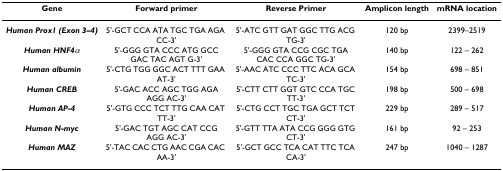
| Gene | Forward primer | Reverse Primer | Amplicon length | mRNA location |
 | --- | --- | --- | --- | --- |
 | Human Prox1 (Exon 3–4) | 5'-GCT CCA ATA TGC TGA AGA CC-3' | 5'-ATC GTT GAT GGC TTG ACG TG-3' | 120 bp | 2399–2519 |
 | Human HNF4α | 5'-GGG GTA CCC ATG GCC GAC TAC AGT G-3' | 5'-GGG GTA CCG CGC TGA CAC CCA GGC TG-3' | 140 bp | 122 – 262 |
 | Human albumin | 5'-CTG TGG GGC ACT TTT GAA AT-3' | 5'-AAC ATC CCC TTC ACA GCA TC-3' | 154 bp | 698 – 851 |
 | Human CREB | 5'-GAC ACC AGC TGG AGA AGG AC-3' | 5'-CTT CTT GGT GTC CCA TGC TT-3' | 198 bp | 500 – 698 |
 | Human AP-4 | 5'-GTG CCC TCT TTG CAA CAT TT-3' | 5'-CTG CCT TGC TGA GCT TCT CT-3' | 229 bp | 289 – 517 |
 | Human N-myc | 5'-GAC TGT AGC CAT CCG AGG AC-3' | 5'-GTT TTA ATA CCG GGG GTG CT-3' | 161 bp | 92 – 253 |
 | Human MAZ | 5'-TAC CAC CTG AAC CGA CAC AA-3' | 5'-GCT GCC TCA CAT TTC TCA CA-3' | 247 bp | 1040 – 1287 |